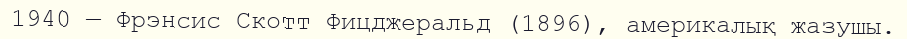
1940 — Фрэнсис Скотт Фицджеральд (1896), америкалық жазушы.